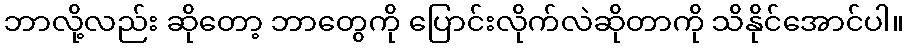
ဘာလို့လည်း ဆိုတော့ ဘာတွေကို ပြောင်းလိုက်လဲဆိုတာကို သိနိုင်အောင်ပါ။